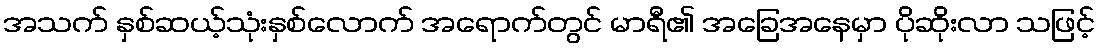
အသက် နှစ်ဆယ့်သုံးနှစ်လောက် အရောက်တွင် မာရီ၏ အခြေအနေမှာ ပိုဆိုးလာ သဖြင့်